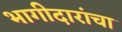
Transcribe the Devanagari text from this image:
भागीदारांचा